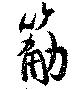
筋